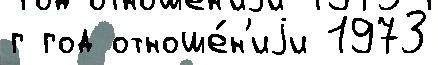
г год отноше́н'иjи 1973